Annual administration report of the Civil Veterinary Department of India - 1897-1898
Year: 1897
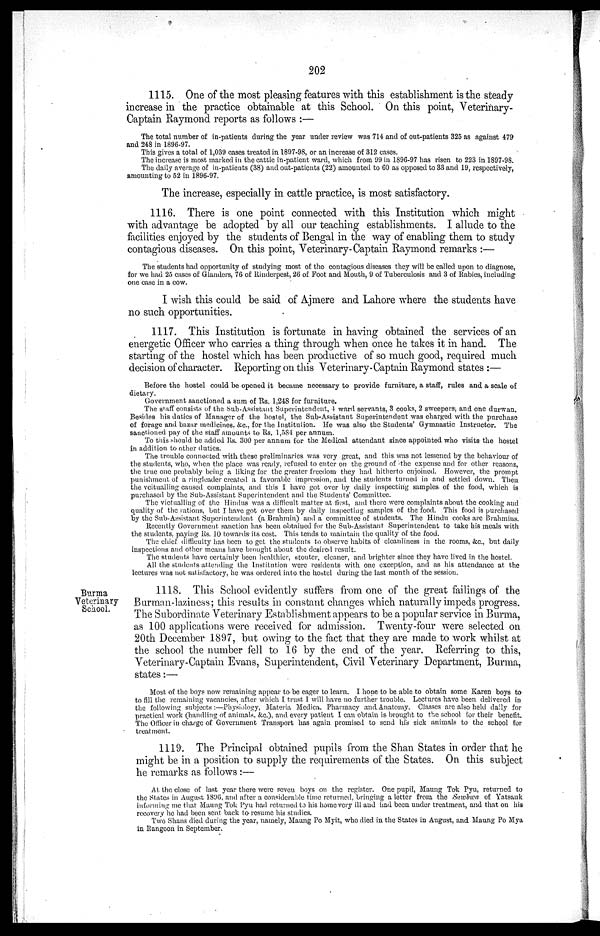
202
1115. One of the most pleasing features with this establishment is the steady
increase in the practice obtainable at this School. On this point, Veterinary-
Captain Raymond reports as follows:—
The total number of in-patients during the year under review was 714 and of out-patients 325 as against 479
and 248 in 1896-97.
This gives a total of 1,039 cases treated in 1897-98, or an increase of 312 cases.
The increase is most marked in the cattle in-patient ward, which from 99 in 1896-97 has risen to 223 in 1897-98.
The daily average of in-patients (38) and out-patients (22) amounted to 60 as opposed to 33 and 19, respectively,
amounting to 52 in 1896-97.
The increase, especially in cattle practice, is most satisfactory.
1116. There is one point connected with this Institution which might
with advantage be adopted by all our teaching establishments. I allude to the
facilities enjoyed by the students of Bengal in the way of enabling them to study
contagious diseases. On this point, Veterinary-Captain Raymond remarks:—
The students had opportunity of studying most of the contagious diseases they will be called upon to diagnose,
for we had 25 cases of Glanders, 76 of Rinderpest, 26 of Foot and Mouth, 9 of Tuberculosis and 3 of Rabies, including
one case in a cow.
I wish this could be said of Ajmere and Lahore where the students have
no such opportunities.
1117. This Institution is fortunate in having obtained the services of an
energetic Officer who carries a thing through when once he takes it in hand. The
starting of the hostel which has been productive of so much good, required much
decision of character. Reporting on this Veterinary-Captain Raymond states:—
Before the hostel could be opened it became necessary to provide furniture, a staff, rules and a scale of
dietary.
Government sanctioned a sum of Rs. 1,248 for furniture.
The staff consists of the Sub-Assistant Superintendent, 4 ward servants, 3 cooks, 2 sweepers, and one durwan.
Besides his duties of Manager of the hostel, the Sub-Assistant Superintendent was charged with the purchase
of forage and bazar medicines, &c., for the Institution. He was also the Students' Gymnastic Instructor. The
sanctioned pay of the staff amounts to Rs. 1,584 per annum.
To this should be added Rs. 300 per annum for the Medical attendant since appointed who visits the hostel
in addition to other duties.
The trouble connected with these preliminaries was very great, and this was not lessened by the behaviour of
the students, who, when the place was ready, refused to enter on the ground of the expense and for other reasons,
the true one probably being a liking for the greater freedom they had hitherto enjoined. However, the prompt
punishment of a ringleader created a favorable impression, and the students turned in and settled down. Then
the veitualling caused complaints, and this I have got over by daily inspecting samples of the food, which is
purchased by the Sub-Assistant Superintendent and the Students' Committee.
The victualling of the Hindus was a difficult matter at first, and there were complaints about the cooking and
quality of the rations, but I have got over them by daily inspecting samples of the food. This food is purchased
by the Sub-Assistant Superintendent (a Brahmin) and a committee of students. The Hindu cooks are Brahmins.
Recently Government sanction has been obtained for the Sub-Assistant Superintendent to take his meals with
the students, paying Rs. 10 towards its cost. This tends to maintain the quality of the food.
The chief difficulty has been to get the students to observe habits of cleanliness in the rooms, &c., but daily
inspections and other means have brought about the desired result.
The students have certainly been healthier, stouter, cleaner, and brighter since they have lived in the hostel.
All the students attending the Institution were residents with one exception, and as his attendance at the
lectures was not satisfactory, he was ordered into the hostel during the last month of the session.
Burma
Veterinary
School.
1118. This School evidently suffers from one of the great failings of the
Burman-laziness; this results in constant changes which naturally impeds progress.
The Subordinate Veterinary Establishment appears to be a popular service in Burma,
as 100 applications were received for admission. Twenty-four were selected on
20th December 1897, but owing to the fact that they are made to work whilst at
the school the number fell to 16 by the end of the year. Referring to this,
Veterinary-Captain Evans, Superintendent, Civil Veterinary Department, Burma,
states:—
Most of the boys now remaining appear to be eager to learn. I hone to be able to obtain some Karen boys to
to fill the remaining vacancies, after which I trust I will have no further trouble. Lectures have been delivered in
the following subjects:—Physiology, Materia Medica. Pharmacy and Anatomy. Classes are also held daily for
practical work (handling of animals. &c.), and every patient I can obtain is brought to the school for their benefit.
The Officer in charge of Government Transport has again promised to send his sick animals to the school for
treatment.
1119. The Principal obtained pupils from the Shan States in order that he
might be in a position to supply the requirements of the States. On this subject
he remarks as follows:—
At the close of last year there were seven boys on the register. One pupil, Maung Tok Pyu, returned to
the States in August 1896, and after a considerable time returned, bringing a letter from the Sawbwa of Yatsauk
informing me that Maung Tok Pyu had returned to his home very ill and had been under treatment, and that on his
recovery he had been sent back to resume his studies.
Two Shans died during the year, namely, Maung Po Myit, who died in the States in August, and Maung Po Mya
in Rangoon in September.